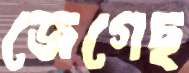
জেগেছ